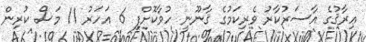
ޢިރާޤުގެ އާސަރުކާރު ވެރިކަމުގެ ޤާނޫނީ ހުވާކޮށްފި 6 އަހަރު 11 މަސް ކުރިން